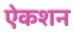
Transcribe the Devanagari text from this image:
ऐकशन